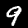
Digit: 9